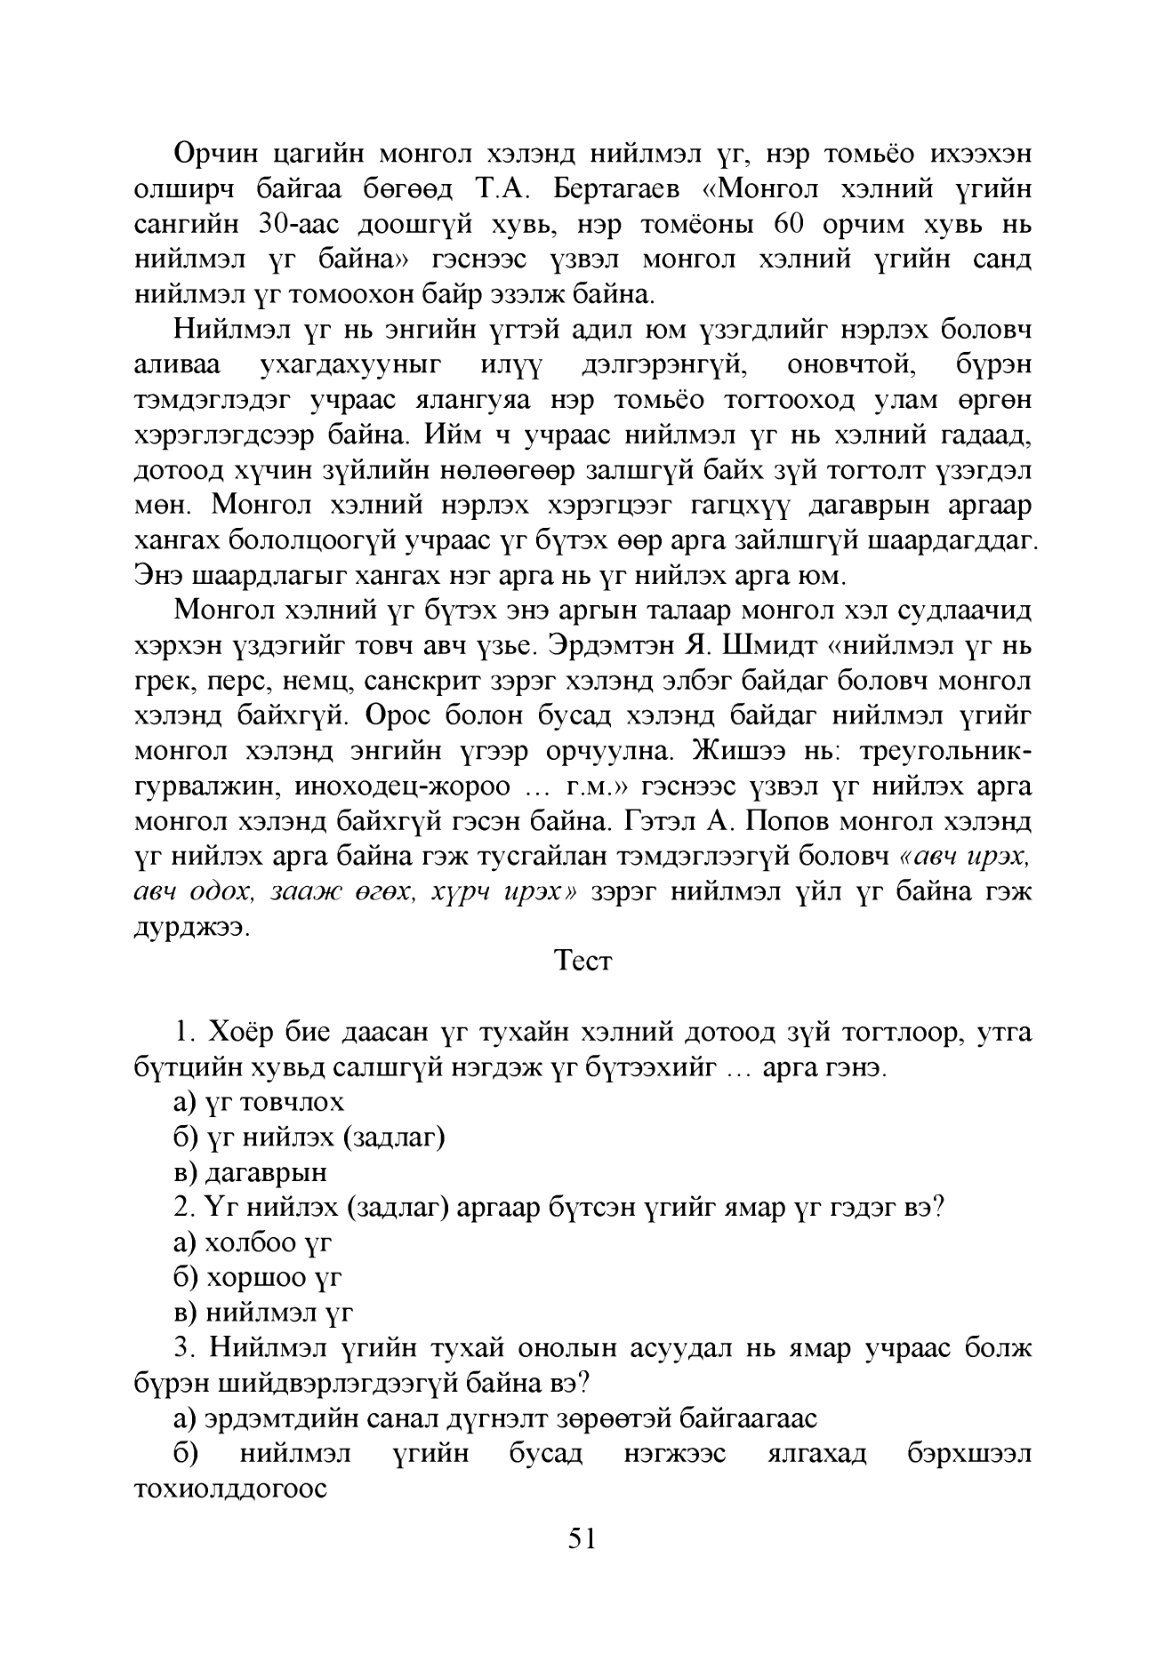
Language: mn